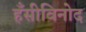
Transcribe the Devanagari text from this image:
हँसीविनोद